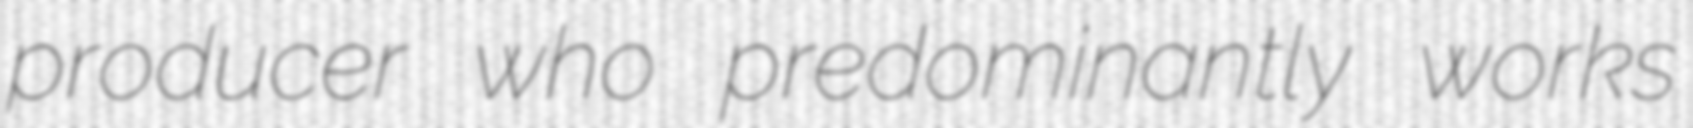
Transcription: producer who predominantly works